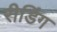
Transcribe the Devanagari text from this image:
रीडिंग